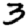
Digit: 3